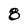
Character: 8